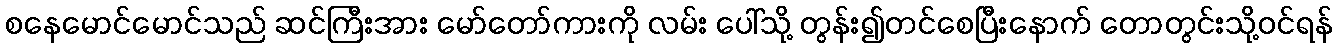
စနေမောင်မောင်သည် ဆင်ကြီးအား မော်တော်ကားကို လမ်း ပေါ်သို့ တွန်း၍တင်စေပြီးနောက် တောတွင်းသို့ဝင်ရန်